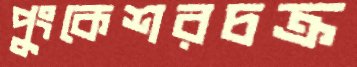
পুংকেশরচক্র